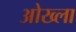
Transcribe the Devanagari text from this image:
ओख्ला